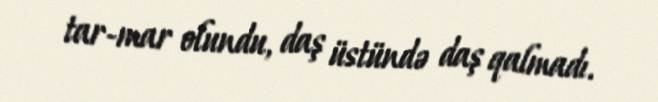
tar-mar olundu, daş üstündə daş qalmadı.